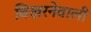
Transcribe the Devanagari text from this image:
बिखरनेवाली